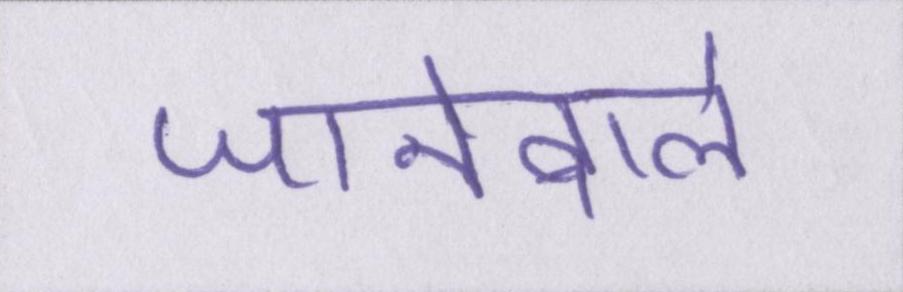
जानेवाले